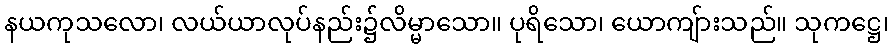
နယကုသလော၊ လယ်ယာလုပ်နည်း၌လိမ္မာသော။ ပုရိသော၊ ယောကျ်ားသည်။ သုကဋ္ဌေ၊